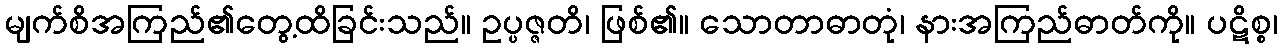
မျက်စိအကြည်၏တွေ့ထိခြင်းသည်။ ဥပ္ပဇ္ဇတိ၊ ဖြစ်၏။ သောတာဓာတုံ၊ နားအကြည်ဓာတ်ကို။ ပဋိစ္စ၊